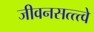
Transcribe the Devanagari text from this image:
जीवनसत्त्त्वे